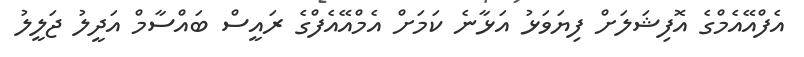
އެފްއޭއެމްގެ އޮފިޝަލަށް ފިޔަވަޅު އަޅާނެ ކަމަށް އެމްއޭއެފްގެ ރައީސް ބައްސާމް އަދީލު ޖަލީލު